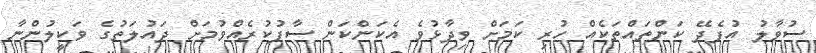
ސުވާލު އުފެދޭ ކަންތައްތަކެއް ހުރި ކަމަށް ވިދާޅުވެ އެކަންކަން ސާފުކުރެއްވުމަށް ދައުލަތުގެ ވަކީލުންނާ